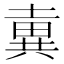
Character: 𡐢